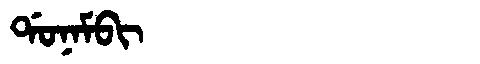
Manchu: ᡩᠣᠨᠠᠮᠪᡳ
Romanization: DONAMBI